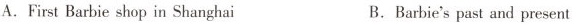
A.First Barbie shop in Shanghai B. Barbie's past and present